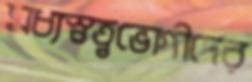
মধ্যস্বত্বভোগীদের